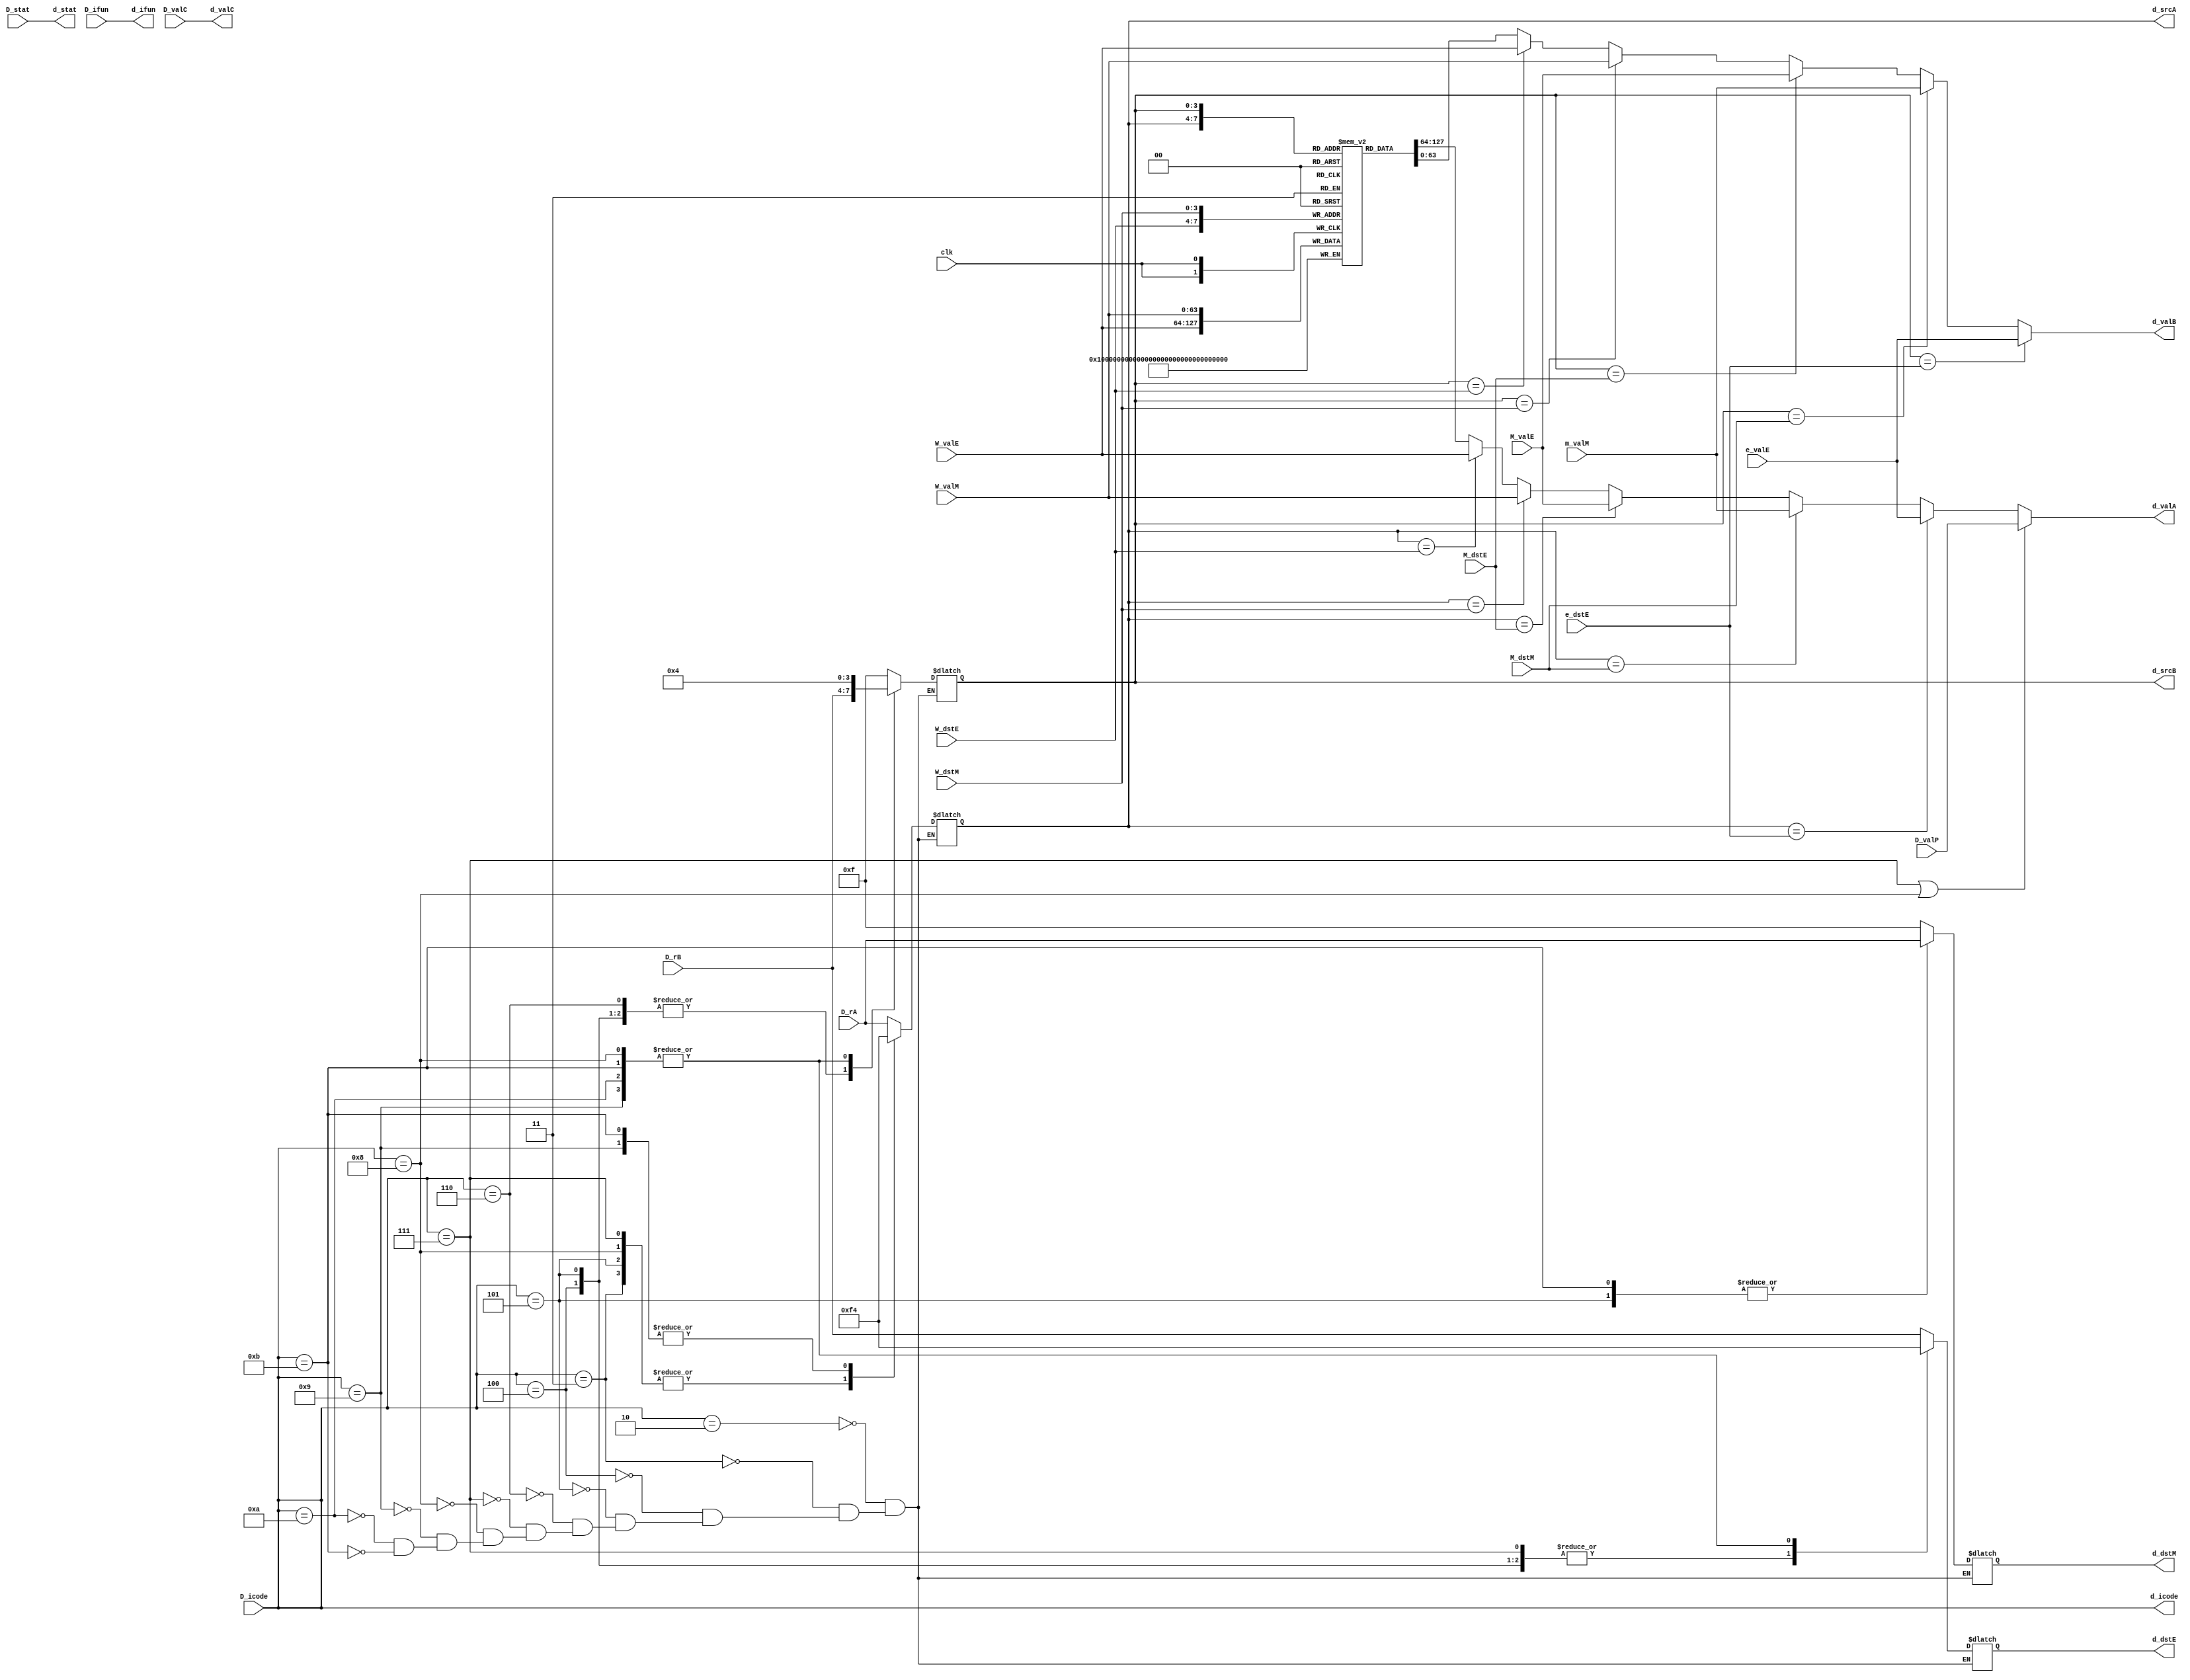
module decode(D_stat, D_icode, D_ifun, D_rA, D_rB, D_valC, D_valP, e_dstE, e_valE, M_dstE, M_valE, M_dstM, m_valM, W_dstM, W_valM, W_dstE, W_valE, clk, 
d_stat, d_icode, d_ifun, d_valC, d_valA, d_valB, d_dstE, d_dstM, d_srcA, d_srcB
);

input [2:0] D_stat;
input [3:0] D_icode, D_ifun, D_rA, D_rB;
input [63:0] D_valC, D_valP;
input clk;

input [3:0] e_dstE, M_dstE, M_dstM, W_dstM, W_dstE;
input [63:0] e_valE, M_valE, m_valM, W_valM, W_valE;

output reg[2:0] d_stat;
output reg[3:0] d_icode, d_ifun, d_srcA, d_srcB, d_dstE, d_dstM;
output reg[63:0] d_valC, d_valA, d_valB;

reg [63:0] memReg [0:15];


initial 
begin
    memReg[0] = 64'd4;    
    memReg[1] = 64'd2;    
    memReg[2] = 64'd16;    
    memReg[3] = 64'd16;    
    memReg[4] = 64'd255;    // Rsp
    memReg[5] = 64'd33;    
    memReg[6] = 64'd19;    
    memReg[7] = 64'd7;    
    memReg[8] = 64'd8;    
    memReg[9] = 64'd9;    
    memReg[10] = 64'd10;    
    memReg[11] = 64'd11;    
    memReg[12] = 64'd12;    
    memReg[13] = 64'd13;    
    memReg[14] = 64'd14;    
    memReg[15] = 64'd0; //F register
end

// Params with no change, wires
always @(*)
begin
    d_stat = D_stat;
    d_icode = D_icode;
    d_ifun = D_ifun; 
    d_valC = D_valC;
end

//Update Register file
always @(posedge clk)
begin
    memReg[W_dstM] <= W_valM;
    memReg[W_dstE] <= W_valE;
end

// Setting up Destination Registers
// I Recommend seeing the slides regarding SEQ Implementation
// And then observe the destination regsiters chosen for different
// operations for decode (srcA, srcB), memory (d_dstE) and writeback (d_dest)
// Read the slides thoroughly do get an idea about how we are choosing the
// destination registers for different icodes.
// This has not been mentioned in the book directly, so you have to find your own way out.

always @(*)
begin
        case(d_icode)
       
        //cmovXX
        4'b0010: 
        begin
            d_srcA = D_rA;
            d_srcB = 4'd15;
            d_dstE = D_rB; 
            d_dstM = 4'd15;
        end

        //irmovq
        4'b0011: 
        begin 
            d_srcA = 4'd15;
            d_srcB = 4'd15;
            d_dstE = D_rB; 
            d_dstM = 4'd15; 
        end

        //rmmovq
        4'b0100:
        begin
            d_srcA = D_rA; 
            d_srcB = D_rB;
            d_dstE = 4'd15;
            d_dstM = 4'd15;
        end

        //mrmovq
        4'b0101: 
        begin 
            d_srcA = 4'd15;
            d_srcB = D_rB;
            d_dstE = 4'd15;
            d_dstM = D_rA;
        end

        //OPq
        4'b0110: 
        begin 
            d_srcA = D_rA; 
            d_srcB = D_rB;
            d_dstE = D_rB;
            d_dstM = 4'd15;
        end

        //jXX
        4'b0111:
        begin
            d_srcA = 4'd15;
            d_srcB = 4'd15;
            d_dstE = 4'd15;
            d_dstM = 4'd15;
        end

        //call
        4'b1000: 
        begin 
            d_srcA = 4'd15;
            d_srcB = 4'd4;
            d_dstE = 4'd4;
            d_dstM = 4'd15;
        end 

        //ret
        4'b1001: 
        begin 
            d_srcA = 4'd4;
            d_srcB = 4'd4;
            d_dstE = 4'd4;
            d_dstM = 4'd15;
        end 

        //pushq
        4'b1010: 
        begin 
            d_srcA = D_rA; 
            d_srcB = 4'd4;
            d_dstE = 4'd4;
            d_dstM = 4'd15;
        end 

        //popq
        4'b1011: 
        begin
            d_srcA = 4'd4;
            d_srcB = 4'd4;
            d_dstE = 4'd4;
            d_dstM = D_rA;
        end

        endcase
        
end

// Sel+Fwd A Logic --> Mentioned in book
// The order matters here
always @(*)
begin
    if(D_icode == 4'd7 || D_icode == 4'd8)
    begin d_valA = D_valP; end

    else if(d_srcA == e_dstE)
    begin d_valA = e_valE; end

    else if(d_srcA == M_dstM)
    begin d_valA = m_valM; end

    else if(d_srcA == M_dstE)
    begin d_valA = M_valE; end

    else if(d_srcA == W_dstM)
    begin d_valA = W_valM; end

    else if(d_srcA == W_dstE)
    begin d_valA = W_valE; end

    else
    begin d_valA = memReg[d_srcA]; end
    
end

// Fwd B Logic --> Logic similar to Fwd A
// The order matters here 
always @(*)
begin

    if(d_srcB == e_dstE)
    begin d_valB = e_valE; end

    else if(d_srcB == M_dstM)
    begin d_valB = m_valM; end

    else if(d_srcB == M_dstE)
    begin d_valB = M_valE; end

    else if(d_srcB == W_dstM)
    begin d_valB = W_valM; end

    else if(d_srcB == W_dstE)
    begin d_valB = W_valE; end

    else
    begin d_valB = memReg[d_srcB]; end
    
end

initial 
begin
$monitor("clk= %d \nreg0=%d (rax)\nreg1=%d (rcx)\nreg2=%d (rdx)\nreg3=%d (rbx)\nreg4=%d (rsp)\nreg5=%d (rbp)\nreg6=%d (rsi)\nreg7=%d (rdi)\nreg8=%d (r8)\nreg9=%d (r9)\nreg10=%d (r10)\nreg11=%d (r11)\nreg12=%d (r12)\nreg13=%d (r13)\nreg14=%d (r14)\n",clk, memReg[0], memReg[1], memReg[2], memReg[3], memReg[4], memReg[5], memReg[6], memReg[7], memReg[8], memReg[9], memReg[10], memReg[11], memReg[12], memReg[13], memReg[14]
);

end

endmodule